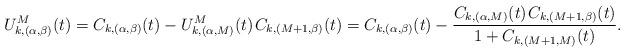
LaTeX: \begin{align*}U^M_{k,(\alpha,\beta)}(t) = C_{k,(\alpha,\beta)}(t) - U^M_{k,(\alpha,M)}(t) \kern+1pt C_{k,(M+1,\beta)}(t) = C_{k,(\alpha,\beta)}(t) - \frac{C_{k,(\alpha,M)}(t) \kern+1pt C_{k,(M+1,\beta)}(t)}{1+C_{k,(M+1,M)}(t)}.\end{align*}